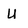
Character: U